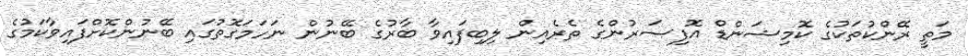
މަތީ ރޭންކުތަކުގެ ކޮމިޝަންޑް އޮފިސަރުންގެ ތެރެއިން ލިބިފައިވާ ބާރުގެ ބޭނުން ނަހަމަގޮތުގައި ބޭނުންކޮށްފައިވާކަމުގެ